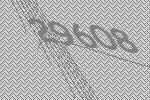
29608